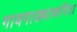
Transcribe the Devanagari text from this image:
गावगाड्याकरिता